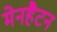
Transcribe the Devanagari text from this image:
मेनहैटन